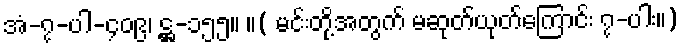
အံ-၇-ပါ-၄၀၉၊ ဋ္ဌ-၁၅၅။ ။( မင်းတို့အတွက် မဆုတ်ယုတ်ကြောင်း ၇-ပါး။)